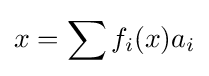
x=\sum f_{i}(x)a_{i}